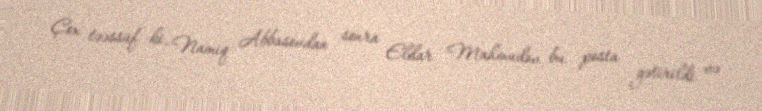
Çox təəssüf ki, Namiq Abbasovdan sonra Eldar Mahmudov bu posta gətirildi və